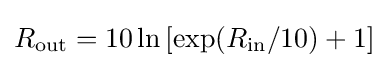
R_{\text{out}}=10\ln \left[\exp(R_{\text{in}}/10)+1\right]